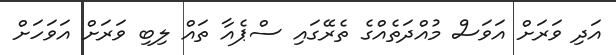
އަދި ވަރަށް އަވަސް މުއްދަތެއްގެ ތެރޭގައި ސްޕެއާ ތައް ލިބި ވަރަށް އަވަހަށް